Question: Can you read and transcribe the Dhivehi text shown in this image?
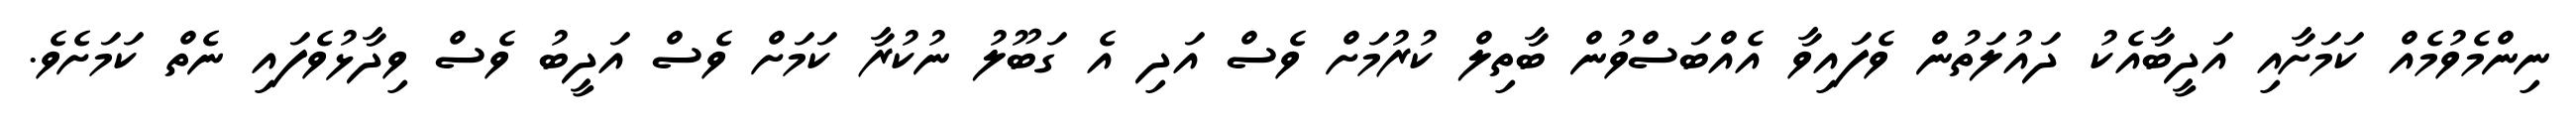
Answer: ނިންމެވުމެއް ކަމަށާއި އަދީބާއެކު ދައުލަތުން ވެފައިވާ އެއްބަސްވުން ބާތިލް ކުރުމަށް ވެސް އަދި އެ ގަބޫލު ނުކުރާ ކަމަށް ވެސް އަދީބު ވެސް ވިދާޅުވެފައި ނެތް ކަމަށެވެ.